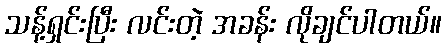
သန့်ရှင်းပြီး လင်းတဲ့ အခန်း လိုချင်ပါတယ်။